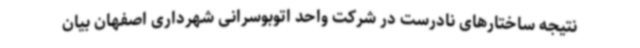
نتیجه ساختارهای نادرست در شرکت واحد اتوبوسرانی شهرداری اصفهان بیان